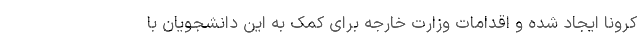
کرونا ایجاد شده و اقدامات وزارت خارجه برای کمک به این دانشجویان با